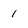
Character: 1